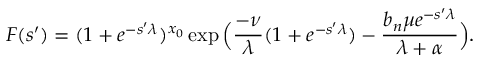
F ( s ^ { \prime } ) = ( 1 + e ^ { - s ^ { \prime } \lambda } ) ^ { x _ { 0 } } \exp \Big ( \frac { - \nu } { \lambda } ( 1 + e ^ { - s ^ { \prime } \lambda } ) - \frac { b _ { n } \mu e ^ { - s ^ { \prime } \lambda } } { \lambda + \alpha } \Big ) .